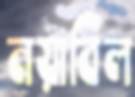
নয়াবিল